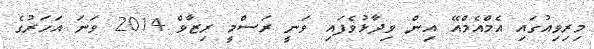
މިރިވިއުގައި އެމްއެމްއޭ އިން ވިދާޅުވެފައި ވަނީ ރަސްމީ ރިޒާވް 2014 ވަނަ އަހަރުގެ